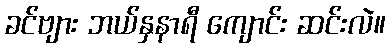
ခင်ဗျား ဘယ်နှနာရီ ကျောင်း ဆင်းလဲ။